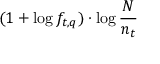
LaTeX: ( 1 + \log f _ { t , q } ) \cdot \log { \frac { N } { n _ { t } } }